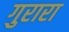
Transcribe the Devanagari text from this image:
गुरारा